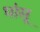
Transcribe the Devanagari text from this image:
धांसू